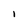
Character: 1